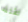
تقتله